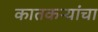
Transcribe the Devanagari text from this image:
कातकऱ्यांचा